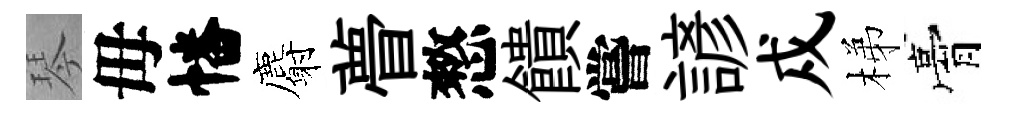
琴毋幡麝瞢憗饋嘗諺戍梯膏